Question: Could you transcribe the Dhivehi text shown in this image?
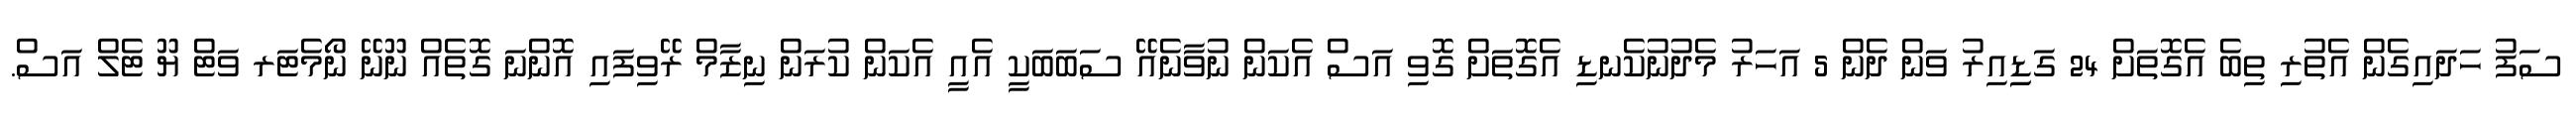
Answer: ސަފު ހަދައިގެން އެތުރި ތިބެ އެގޮތަށް 24 ގަޑިިއިރު ވަން ދެން 5 އަހަރު މެދުނުކެނޑި އެގޮތަށް ގޮވި އަސް އެކަން ނުވާނެއޭ ސަބަބަކީ އެއީ އެކަން ކުރަން ނިޒާމް ރޭވިފައި އޮންނަ ގޮތެއް ނޫނޭ ނޯމެޓަރ ވަޓް ޔޫ ޓެލް އަސް.